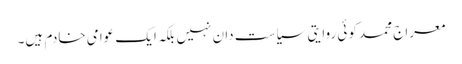
معراج محمد کوئی روایتی سیاست دان نہیں بلکہ ایک عوامی خادم ہیں۔